Medical and sanitary report of the native army of Bengal for the year
Year: 1874
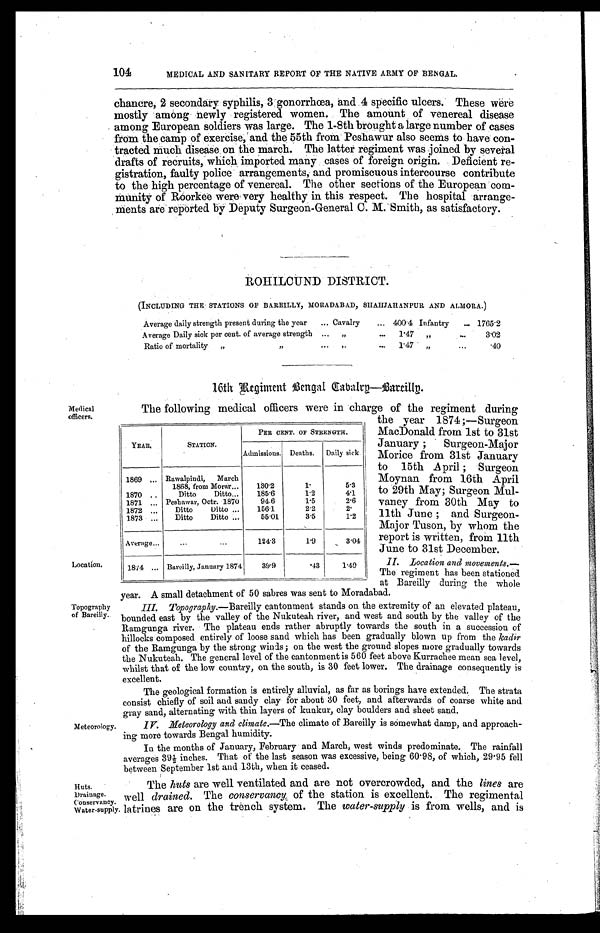
104
MEDICAL AND SANITARY REPORT OF THE NATIVE ARMY OF BENGAL.
chancre, 2 secondary syphilis, 3 gonorrhœa, and 4 specific ulcers. These were
mostly among newly registered women. The amount of venereal disease
among European soldiers was large. The 1-8th brought a large number of cases
from the camp of exercise; and the 55th from Peshawur also seems to have con
-
tracted much disease on the march. The latter regiment was joined by several
drafts of recruits, which imported many cases of foreign origin. Deficient re
-
gistration, faulty police arrangements, and promiscuous intercourse contribute
to the high percentage of venereal. The other sections of the European com
-
munity of Roorkee were very healthy in this respect. The hospital arrange
-
ments are reported by Deputy Surgeon-General C. M. Smith, as satisfactory.
ROHILCUND DISTRICT.
(INCLUDING THE STATIONS OF BAREILLY, MORADABAD, SHAHJAHANPUR AND ALMORA.)
Average daily strength present during the year . . . Cavalry . . . 400.4 Infantry . . . 1765.2
Average Daily sick per cent of average strength . . .
" . . .
1.47
" . . .
3.02
Ratio of mortality . . .
" . . . 1.47 " . . .
.40
16th Regiment Bengal Cabalry—Bareilly.
Medical
officers.
Location.
Topography
of Bareilly.
Meteorology.
The following medical officers were in charge of the regiment during
the year 1874 ;—Surgeon
MacDonald from 1st to 31st
January ; Surgeon-Major
Morice from 31st January
to 15th April ; Surgeon
Moynan from 16th April
to 29th May; Surgeon Mul
-
vaney from 30th May to
11th June ; and Surgeon
-
Major Tuson, by whom the
report is written, from 11th
June to 31st December.
II. Location and movements . —
The regiment has been stationed
at Bareilly during the whole
year. A small detachment of 50 sabres was sent to Moradabad.
III. Topography .—Bareilly cantonment stands on the extremity of an elevated plateau,
bounded east by the valley of the Nukuteah river, and west and south by the valley of the
Ramgunga river. The plateau ends rather abruptly towards the south in a succession of
hillocks composed entirely of loose sand which has been gradually blown up from the kadir
of the Bamgunga by the strong winds; on the west the ground slopes more gradually towards
the Nukuteah. The general level of the cantonment is 560 feet above Kurrachee mean sea level,
whilst that of the low country, on the south, is 30 feet lower. The drainage consequently is
excellent.
The geological formation is entirely alluvial, as far as borings have extended. The strata
consist chiefly of soil and sandy clay for about 30 feet, and afterwards of coarse white and
gray sand, alternating with thin layers of kunkur, clay boulders and sheet sand.
IV. Meteorology and climate.— The climate of Bareilly is somewhat damp, and approach
-
ing more towards Bengal humidity.
In the months of January, February and March, west winds predominate. The rainfall
averages 39½ inches. That of the last season was excessive, being 60.98, of which, 29.95 fell
between September 1st and 13th, when it ceased.
YEAR.
STATION.
PER CENT OF STRENGTH.
Admissions. Deaths.
Daily sick.
1869 . . .
Rawalpindi, March
1868, from Morar . . .
130.2
1.
5.3
1870 . . .
Ditto Ditto . . .
185.6
1.2
4.1
1871 . . .
Peshawar, Octr. 1870
94.6
1.5
2.6
1872 . . .
Ditto Ditto . . .
156.1
2.2
2.
1873
Ditto Ditto . . .
55.01
3.5
1.2
Average . . .
. . .
124.3
1.9
3.04
1874 . . . Bareilly, January 1874
39.9
.43
1.49
Huts.
Drainage.
Conservancy.
Water-supply.
The huts are well ventilated and are not overcrowded, and the lines are
well drained. The conservancy, of the station is excellent. The regimental
latrines are on the trench system. The water-supply is from wells, and is